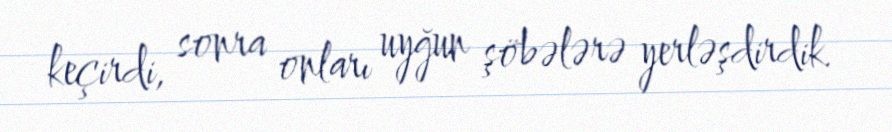
keçirdi, sonra onları uyğun şöbələrə yerləşdirdik.